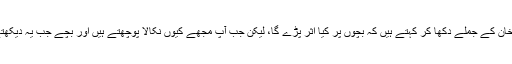
عامر لیاقت نے کہا ’ آپ عمران خان کے جملے دکھا کر کہتے ہیں کہ بچوں پر کیا اثر پڑے گا، لیکن جب آپ مجھے کیوں نکالا پوچھتے ہیں اور بچے جب یہ دیکھتے ہیں تو ان پر کیا اثر پڑتا ہوگا؟